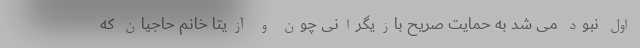
اول نبود می شد به حمایت صریح بازیگرانی چون و آزیتا خانم حاجیان که